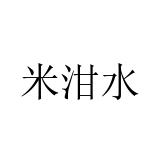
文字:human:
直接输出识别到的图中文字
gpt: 米泔水